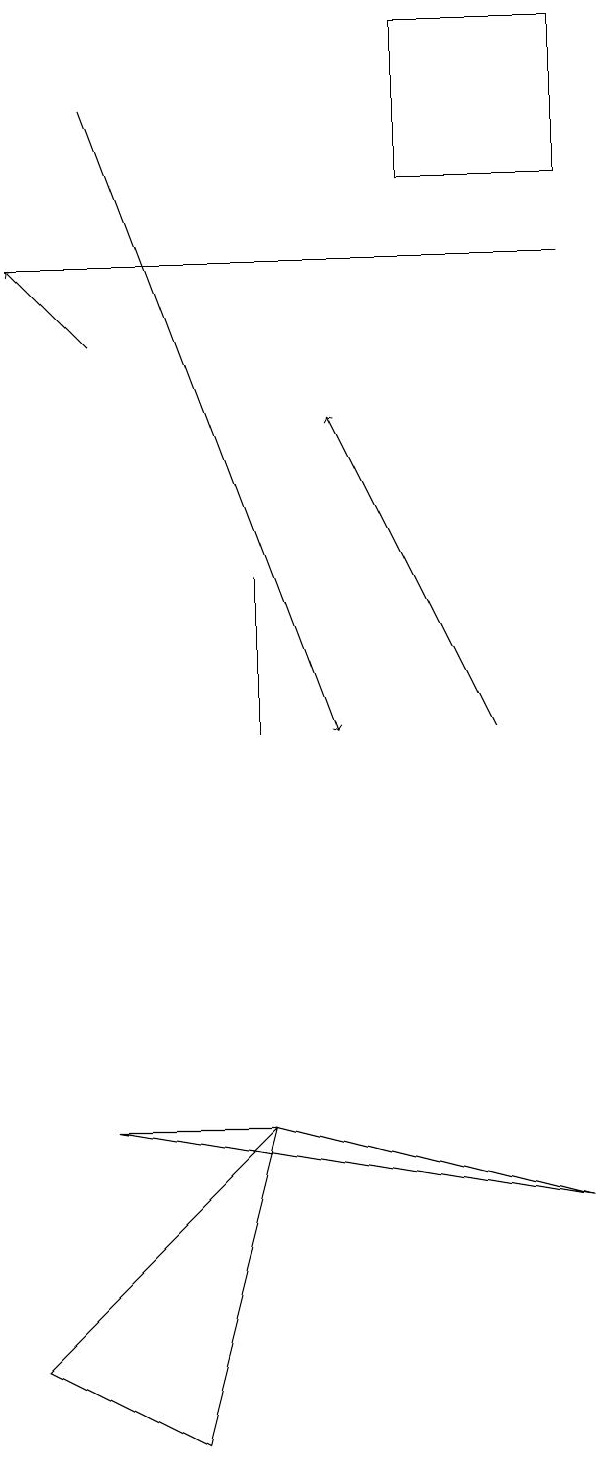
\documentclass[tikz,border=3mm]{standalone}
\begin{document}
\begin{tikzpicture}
\draw (5,19) rectangle (7,17);
\draw (3,10) rectangle (3,12);
\draw (0,16) rectangle (7,16);
\draw[->] (1,18) -- (4,10);
\draw[->] (1,15) -- (0,16);
\draw (2,1) -- (3,5) -- (0,2) -- cycle;
\draw[->] (6,10) -- (4,14);
\draw (3,5) -- (7,4) -- (1,5) -- cycle;
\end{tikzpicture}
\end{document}